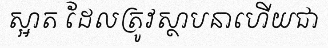
ស្អាត ដែលត្រូវស្ថាបនាហើយជា